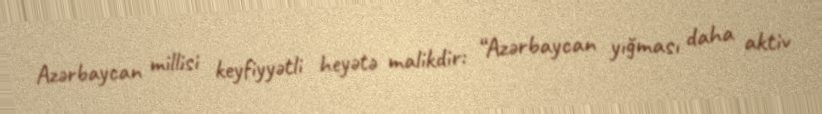
Azərbaycan millisi keyfiyyətli heyətə malikdir: “Azərbaycan yığması daha aktiv